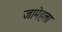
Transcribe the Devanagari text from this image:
जामेहला